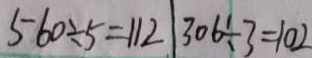
5 6 0 \div 5 = 1 1 2 3 0 6 \div 3 = 1 0 2